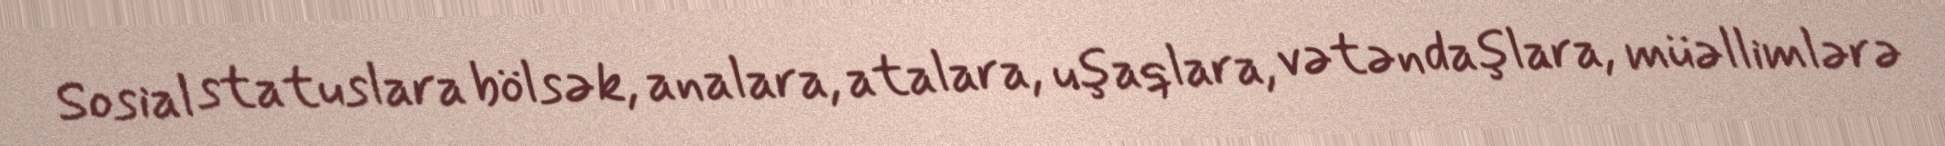
Sosial statuslara bölsək, analara, atalara, uşaqlara, vətəndaşlara, müəllimlərə